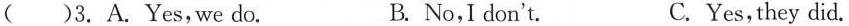
()3.A.Yes,we do. B. No,I don't. C. Yes,they did.